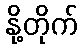
နို့တိုက်